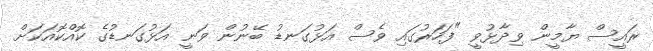
ރައީސް ޔާމީން ވިދާޅުވީ "ފަހަރުގައި ވެސް އަޅުގަނޑު ބޭނުން ވަނީ އަޅުގަނޑުގެ ކޮއްކޮއަކަށް